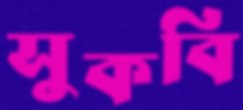
সুকবি